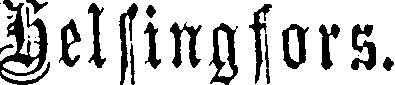
Helsingfors.